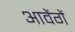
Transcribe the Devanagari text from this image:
आवेंगें